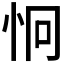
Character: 𪫪